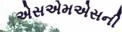
એસએમએસની